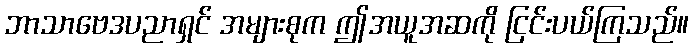
ဘာသာဗေဒပညာရှင် အများစုက ဤအယူအဆကို ငြင်းပယ်ကြသည်။